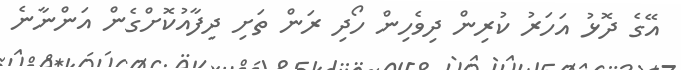
އޭގެ ދޮޅު އަހަރު ކުރިން ދިވެހިން ހޯދި ރަން ތަށި ދިފާއުކޮށްގެން އަންނާނެ